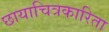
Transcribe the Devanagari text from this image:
छायाचित्रकारिता